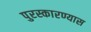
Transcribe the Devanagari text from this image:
पुरस्कारण्यास